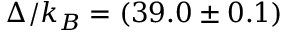
\Delta / k _ { B } = ( 3 9 . 0 \pm 0 . 1 )